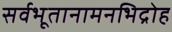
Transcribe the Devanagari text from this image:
सर्वभूतानामनभिद्रोह